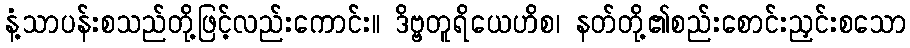
နံ့သာပန်းစသည်တို့ဖြင့်လည်းကောင်း။ ဒိဗ္ဗတူရိယေဟိစ၊ နတ်တို့၏စည်းစောင်းညှင်းစသော